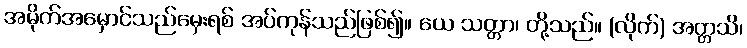
အမိုက်အမှောင်သည်မှေးရစ် အပ်ကုန်သည်ဖြစ်၍။ ယေ သတ္တာ၊ တို့သည်။ (လိုက်) အတ္တသိ၊